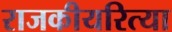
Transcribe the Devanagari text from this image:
राजकीयरित्या